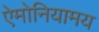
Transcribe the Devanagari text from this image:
ऐमोनियामय